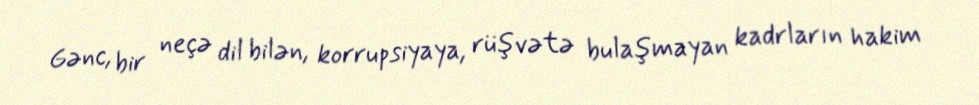
Gənc, bir neçə dil bilən, korrupsiyaya, rüşvətə bulaşmayan kadrların hakim